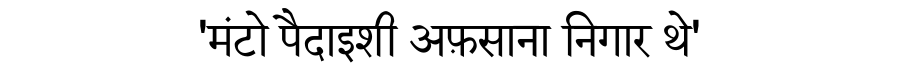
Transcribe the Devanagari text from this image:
'मंटो पैदाइशी अफ़साना निगार थे'